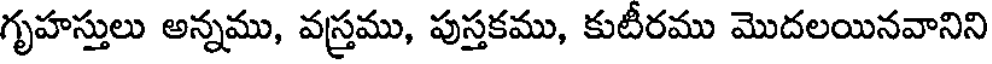
గృహస్తులు అన్నము, వస్త్రము, పుస్తకము, కుటీరము మొదలయినవానిని